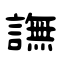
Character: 譕